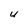
Character: U